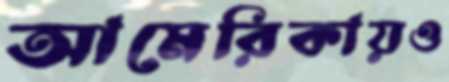
আমেরিকায়ও